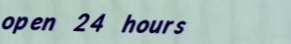
open 24 hours